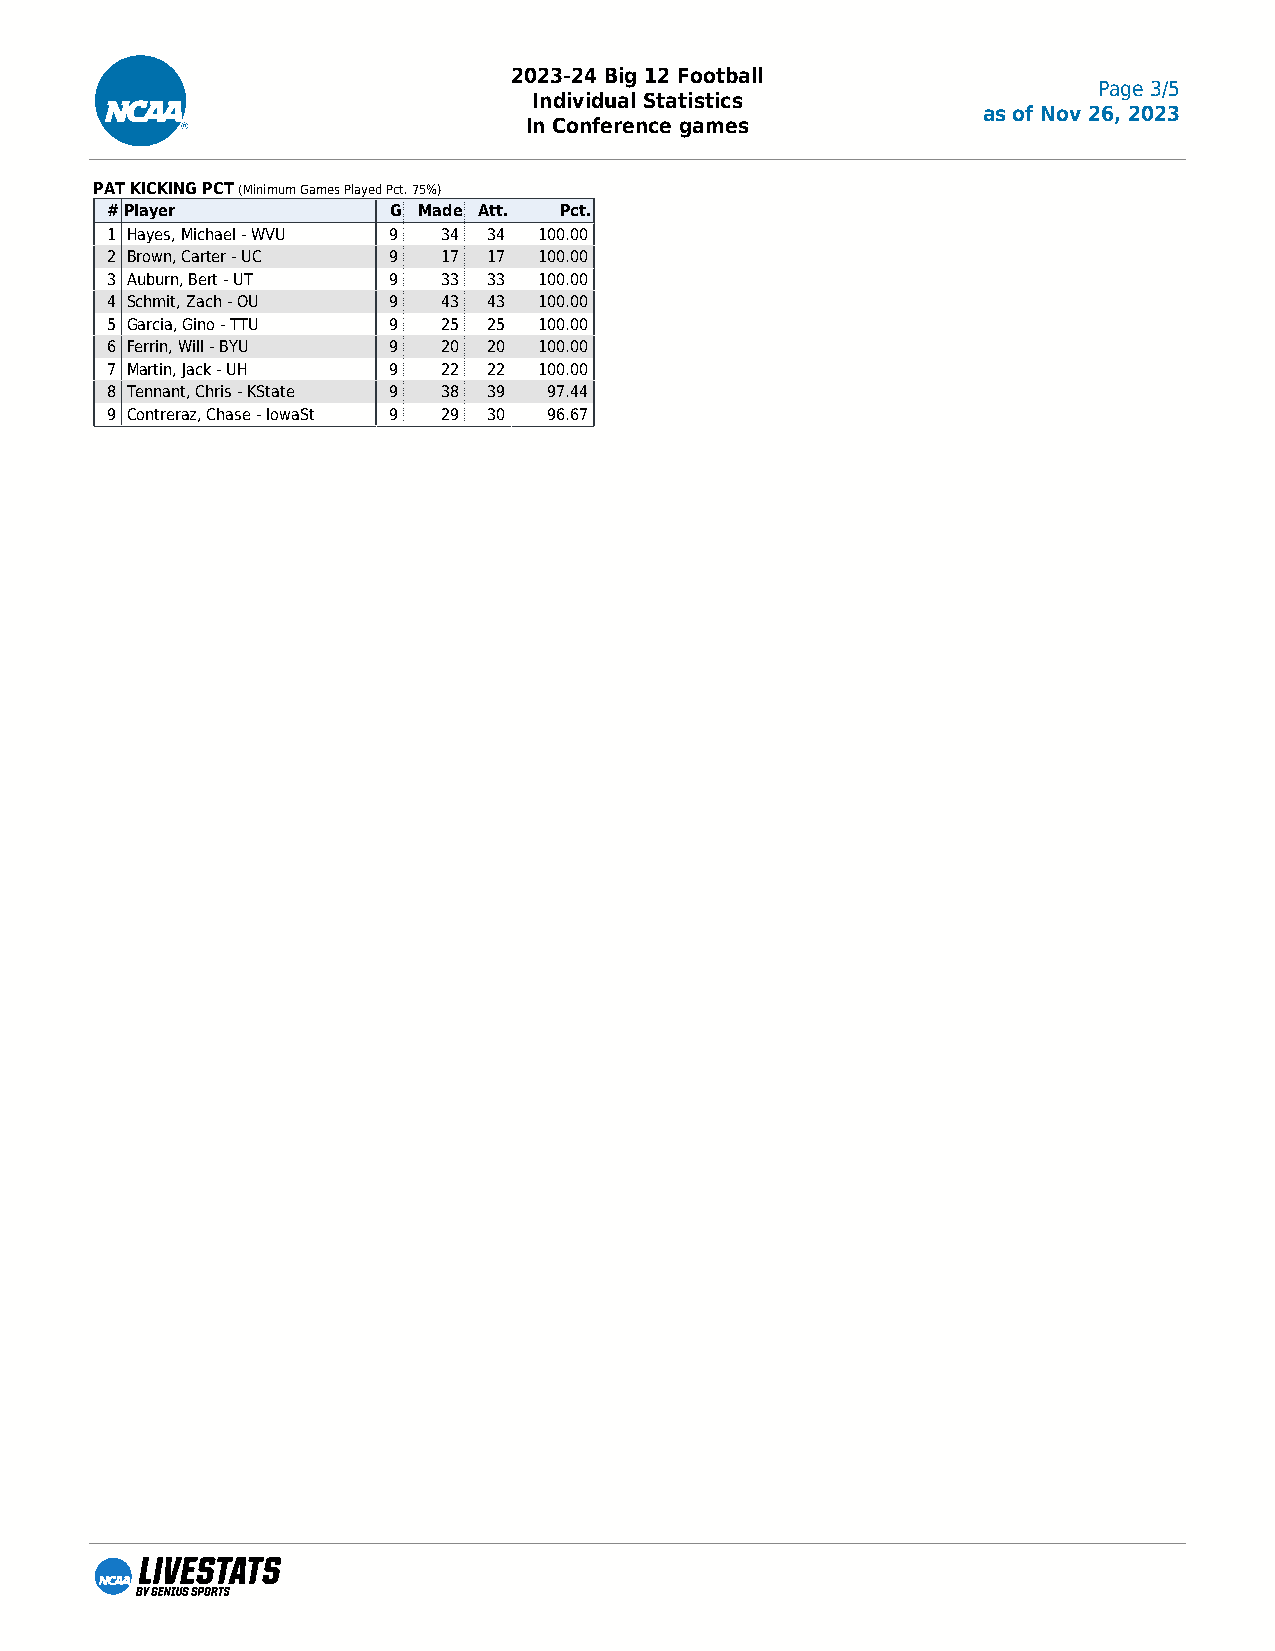
2023-24 Big 12 Football
 Page 3/5
 Individual Statistics
 as of Nov 26, 2023
 In Conference games
 PAT KICKING PCT (Minimum Games Played Pct. 75%)
 #Player            G Made Att. Pct.
 1 Hayes, Michael - WVU 9 34 34 100.00
 2 Brown, Carter - UC 9 17 17 100.00
 3 Auburn, Bert - UT 9 33 33  100.00
 4 Schmit, Zach - OU 9 43 43  100.00
 5 Garcia, Gino - TTU 9 25 25 100.00
 6 Ferrin, Will - BYU 9 20 20 100.00
 7 Martin, Jack - UH 9 22 22  100.00
 8 Tennant, Chris - KState 9 38 39 97.44
 9 Contreraz, Chase - IowaSt 9 29 30 96.67